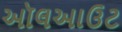
ઑલઆઉટ